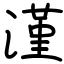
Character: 漌